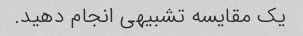
یک مقایسه تشبیهی انجام دهید.